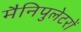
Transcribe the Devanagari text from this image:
मैनिपुलेटरों